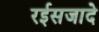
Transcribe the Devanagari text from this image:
रईसजादे